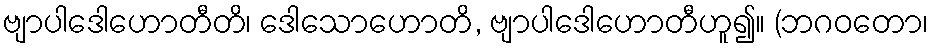
ဗျာပါဒေါဟောတီတိ၊ ဒေါသောဟောတိ, ဗျာပါဒေါဟောတီဟူ၍။ (ဘဂဝတော၊